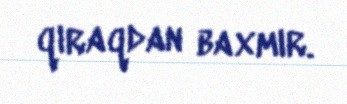
qıraqdan baxmır.